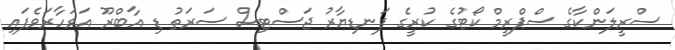
ސްރީލަންކާގެ ސްޕްރީމް ކޯޓުގެ ކުރީގެ ފަނޑިޔާރު ޖަސްޓިސް ސަރަތު ޑި އާބްރޫ އަވަހާރަވެފައި